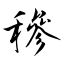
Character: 穇